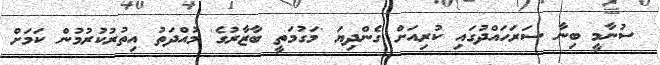
ސުނާމީ ބިނާ ސަރަހައްދުގައި ކުރިއަށް ގެންދިޔަ 'މަގުމަތީ ބާޒާރުގެ' މުއްދަތު އިތުރުކުރުމުން ކަމަށް